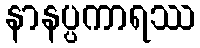
နာနပ္ပကာရဿ